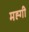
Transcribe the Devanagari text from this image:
मह्गी